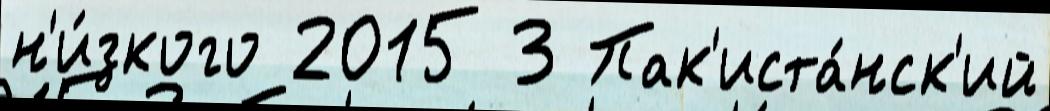
н'и́зкого 2015 3 Пак'иста́нск'ий